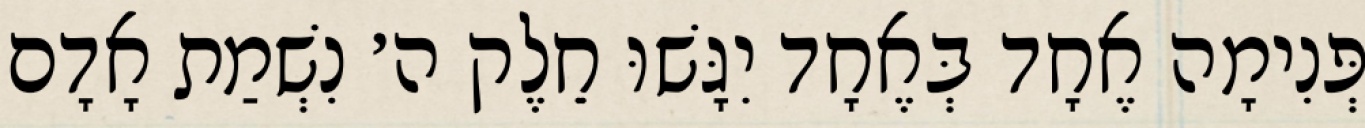
פְּנִימָה אֶחָד בְּאֶחָד יִגָּשׁוּ חֵלֶק ה׳ נִשְׁמַת אָדָם